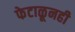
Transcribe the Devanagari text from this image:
फेटाळूनही